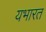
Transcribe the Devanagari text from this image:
यभारत